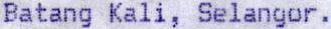
BATANG KALI, SELANGOR.